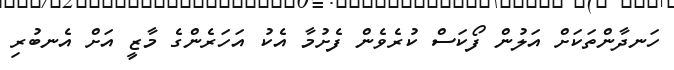
ހަނދާންތަކަށް އަލުން ފޯކަސް ކުރެވެން ފެށުމާ އެކު އަހަރެންގެ މާޒީ އަށް އެނބުރި